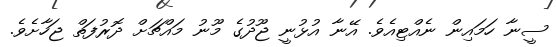
ސީނާ ހަމައިން ނެއްޓިއެވެ. އޭނާ އުޅުނީ ޖޫދުގެ މޫނު މައްޗަށް ދޮރުފަތް ޖަހާށެވެ.